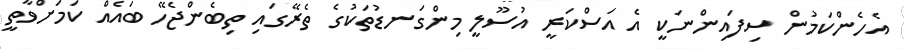
އެހެންކަމުން ސިފައިންނަކީ އެ އަސްކަރީ އުސޫލީ މިންގަނޑުތަކުގެ ތެރޭގައި ތިބެންޖެހޭ ބައެއް ކަމަށްވާތީ